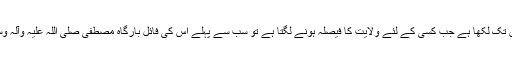
بعض اولیاء اللہ نے تو یہاں تک لکھا ہے جب کسی کے لئے ولایت کا فیصلہ ہونے لگتا ہے تو سب سے پہلے اس کی فائل بارگاہ مصطفیٰ صلی اللہ علیہ وآلہ وسلم میں پیش کی جاتی ہے۔